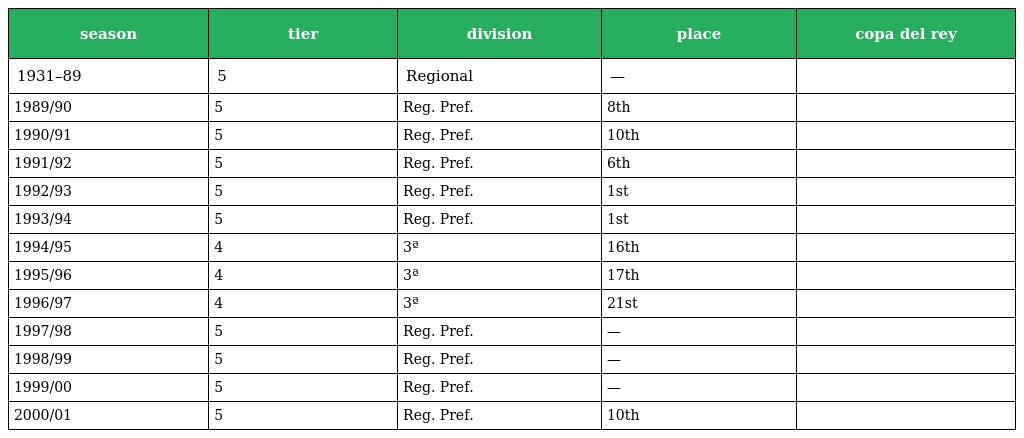
| season | tier | division | place | copa del rey |
 | --- | --- | --- | --- | --- |
 | 1931–89 | 5 | Regional | — |  |
 | 1989/90 | 5 | Reg. Pref. | 8th |  |
 | 1990/91 | 5 | Reg. Pref. | 10th |  |
 | 1991/92 | 5 | Reg. Pref. | 6th |  |
 | 1992/93 | 5 | Reg. Pref. | 1st |  |
 | 1993/94 | 5 | Reg. Pref. | 1st |  |
 | 1994/95 | 4 | 3ª | 16th |  |
 | 1995/96 | 4 | 3ª | 17th |  |
 | 1996/97 | 4 | 3ª | 21st |  |
 | 1997/98 | 5 | Reg. Pref. | — |  |
 | 1998/99 | 5 | Reg. Pref. | — |  |
 | 1999/00 | 5 | Reg. Pref. | — |  |
 | 2000/01 | 5 | Reg. Pref. | 10th |  |